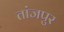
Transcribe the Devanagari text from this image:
तांजपुर